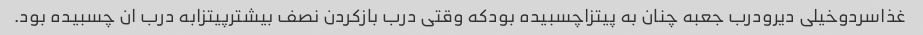
غذاسردوخیلی دیرودرب جعبه چنان به پیتزاچسبیده بودکه وقتی درب بازکردن نصف بیشترپیتزابه درب ان چسبیده بود.